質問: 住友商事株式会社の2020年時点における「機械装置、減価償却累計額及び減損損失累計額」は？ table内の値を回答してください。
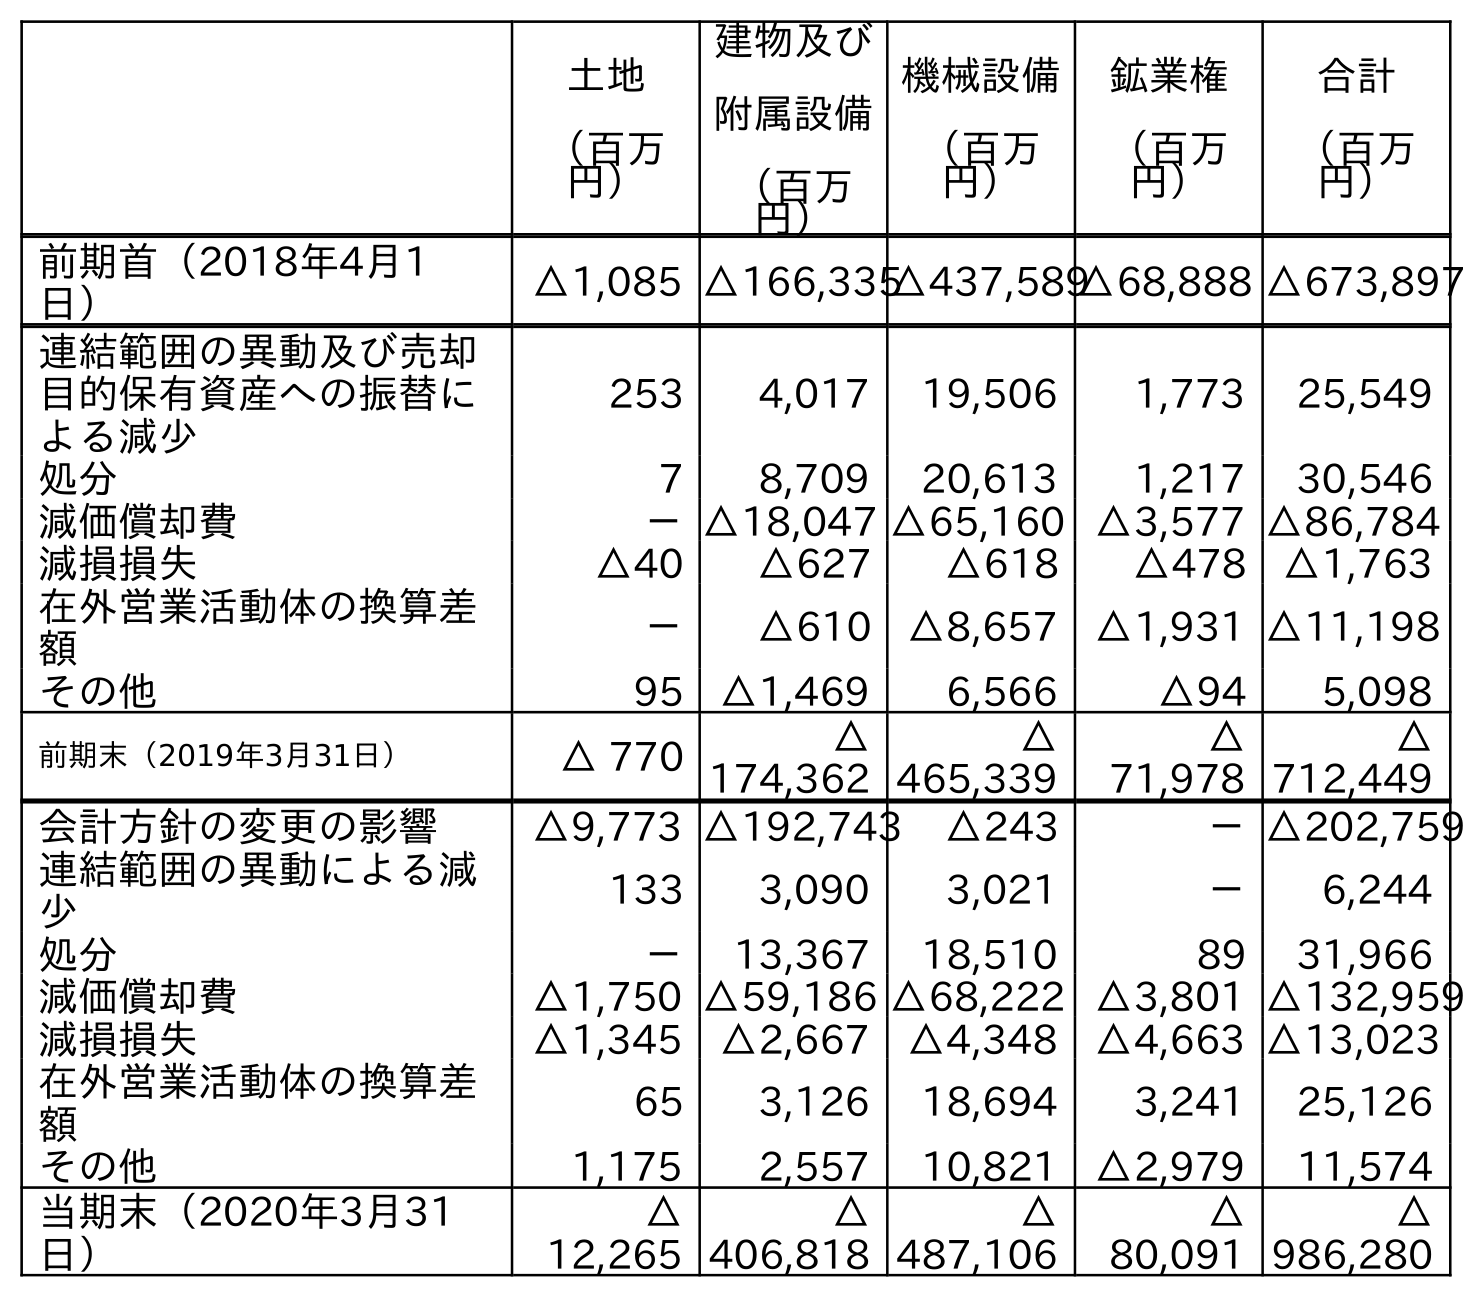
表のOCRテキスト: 土地 （百万 円） 建物及び 附属設備 （百万 円） 機械設備 （百万 円） 鉱業権 （百万 円） 合計 （百万 円） 前期首（2018年4月1 日） △1,085 △166,335△437,589△68,888 △673,897 連結範囲の異動及び売却 目的保有資産への振替に よる減少 253 4,017 19,506 1,773 25,549 処分 7 8,709 20,613 1,217 30,546 減価償却費 －△18,047 △65,160 △3,577 △86,784 減損損失 △40 △627 △618 △478 △1,763 在外営業活動体の換算差 額 － △610 △8,657 △1,931 △11,198 その他 95 △1,469 6,566 △94 5,098 前期末（2019年3月31日） △ 770 △ 174,362 △ 465,339 △ 71,978 △ 712,449 会計方針の変更の影響 △9,773 △192,743 △243 －△202,759 連結範囲の異動による減 少 133 3,090 3,021 － 6,244 処分 － 13,367 18,510 89 31,966 減価償却費 △1,750 △59,186 △68,222 △3,801 △132,959 減損損失 △1,345 △2,667 △4,348 △4,663 △13,023 在外営業活動体の換算差 額 65 3,126 18,694 3,241 25,126 その他 1,175 2,557 10,821 △2,979 11,574 当期末（2020年3月31 日） △ 12,265 △ 406,818 △ 487,106 △ 80,091 △ 986,280
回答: △487,106